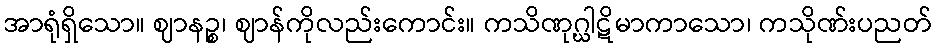
အာရုံရှိသော။ ဈာနဉ္စ၊ ဈာန်ကိုလည်းကောင်း။ ကသိဏုဂ္ဃါဋိမာကာသော၊ ကသိုဏ်းပညတ်